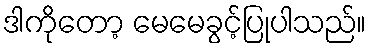
ဒါကိုတော့ မေမေခွင့်ပြုပါသည်။